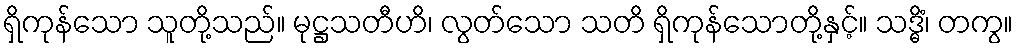
ရှိကုန်သော သူတို့သည်။ မုဋ္ဌသတီဟိ၊ လွတ်သော သတိ ရှိကုန်သောတို့နှင့်။ သဒ္ဓိံ၊ တကွ။